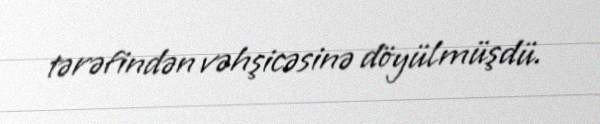
tərəfindən vəhşicəsinə döyülmüşdü.